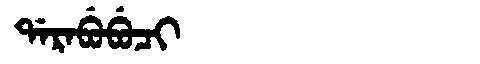
Manchu: ᡩᠠᡵᠠᠪᡠᠪᡠᠴᡳ
Romanization: DARABUBUCI